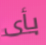
بأى